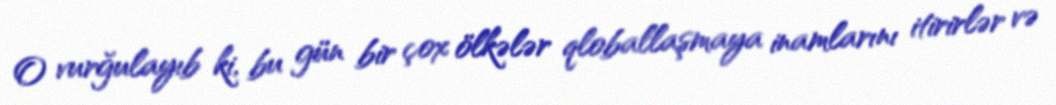
O vurğulayıb ki, bu gün bir çox ölkələr qloballaşmaya inamlarını itirirlər və